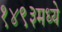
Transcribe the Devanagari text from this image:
१४९३मध्ये